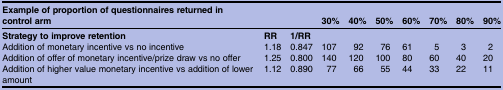
<table><thead><tr><td><b>Example of proportion of questionnaires returned in control arm</b></td><td></td><td></td><td><b>30%</b></td><td><b>40%</b></td><td><b>50%</b></td><td><b>60%</b></td><td><b>70%</b></td><td><b>80%</b></td><td><b>90%</b></td></tr></thead><tbody><tr><td><b>Strategy to improve retention</b></td><td><b>RR</b></td><td><b>1/RR</b></td><td></td><td></td><td></td><td></td><td></td><td></td><td></td></tr><tr><td>Addition of monetary incentive vs no incentive</td><td>1.18</td><td>0.847</td><td>107</td><td>92</td><td>76</td><td>61</td><td>5</td><td>3</td><td>2</td></tr><tr><td>Addition of offer of monetary incentive/prize draw vs no offer</td><td>1.25</td><td>0.800</td><td>140</td><td>120</td><td>100</td><td>80</td><td>60</td><td>40</td><td>20</td></tr><tr><td>Addition of higher value monetary incentive vs addition of lower amount</td><td>1.12</td><td>0.890</td><td>77</td><td>66</td><td>55</td><td>44</td><td>33</td><td>22</td><td>11</td></tr></tbody></table>